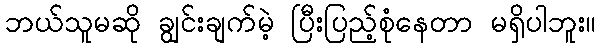
ဘယ်သူမဆို ချွင်းချက်မဲ့ ပြီးပြည့်စုံနေတာ မရှိပါဘူး။